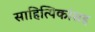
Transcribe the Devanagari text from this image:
साहित्यिकांसह